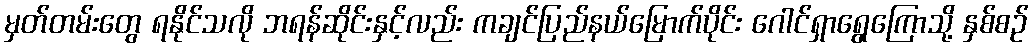
မှတ်တမ်းတွေ ရနိုင်သလို ဘရန်ဆိုင်းနှင့်လည်း ကချင်ပြည်နယ်မြောက်ပိုင်း ဂေါင်ရှာရွေကြောသို့ နှစ်စဉ်